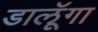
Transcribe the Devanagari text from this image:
डालूॅगा